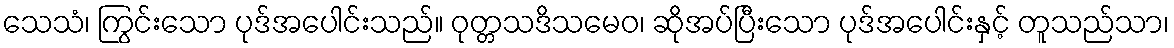
သေသံ၊ ကြွင်းသော ပုဒ်အပေါင်းသည်။ ဝုတ္တသဒိသမေဝ၊ ဆိုအပ်ပြီးသော ပုဒ်အပေါင်းနှင့် တူသည်သာ၊